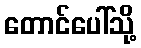
တောင်ပေါ်သို့